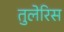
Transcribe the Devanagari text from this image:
तुलेरिस